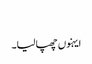
‏
ایہنوں چھپا لیا۔